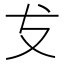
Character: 𭣔